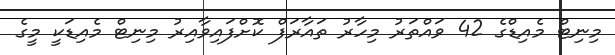
މިނިޓް މެއިޑްގެ 42 ވައްތަރު މިހާރު ތައާރަފް ކޮށްފައިވާއިރު މިނިޓް މެއިޑަކީ މީގެ